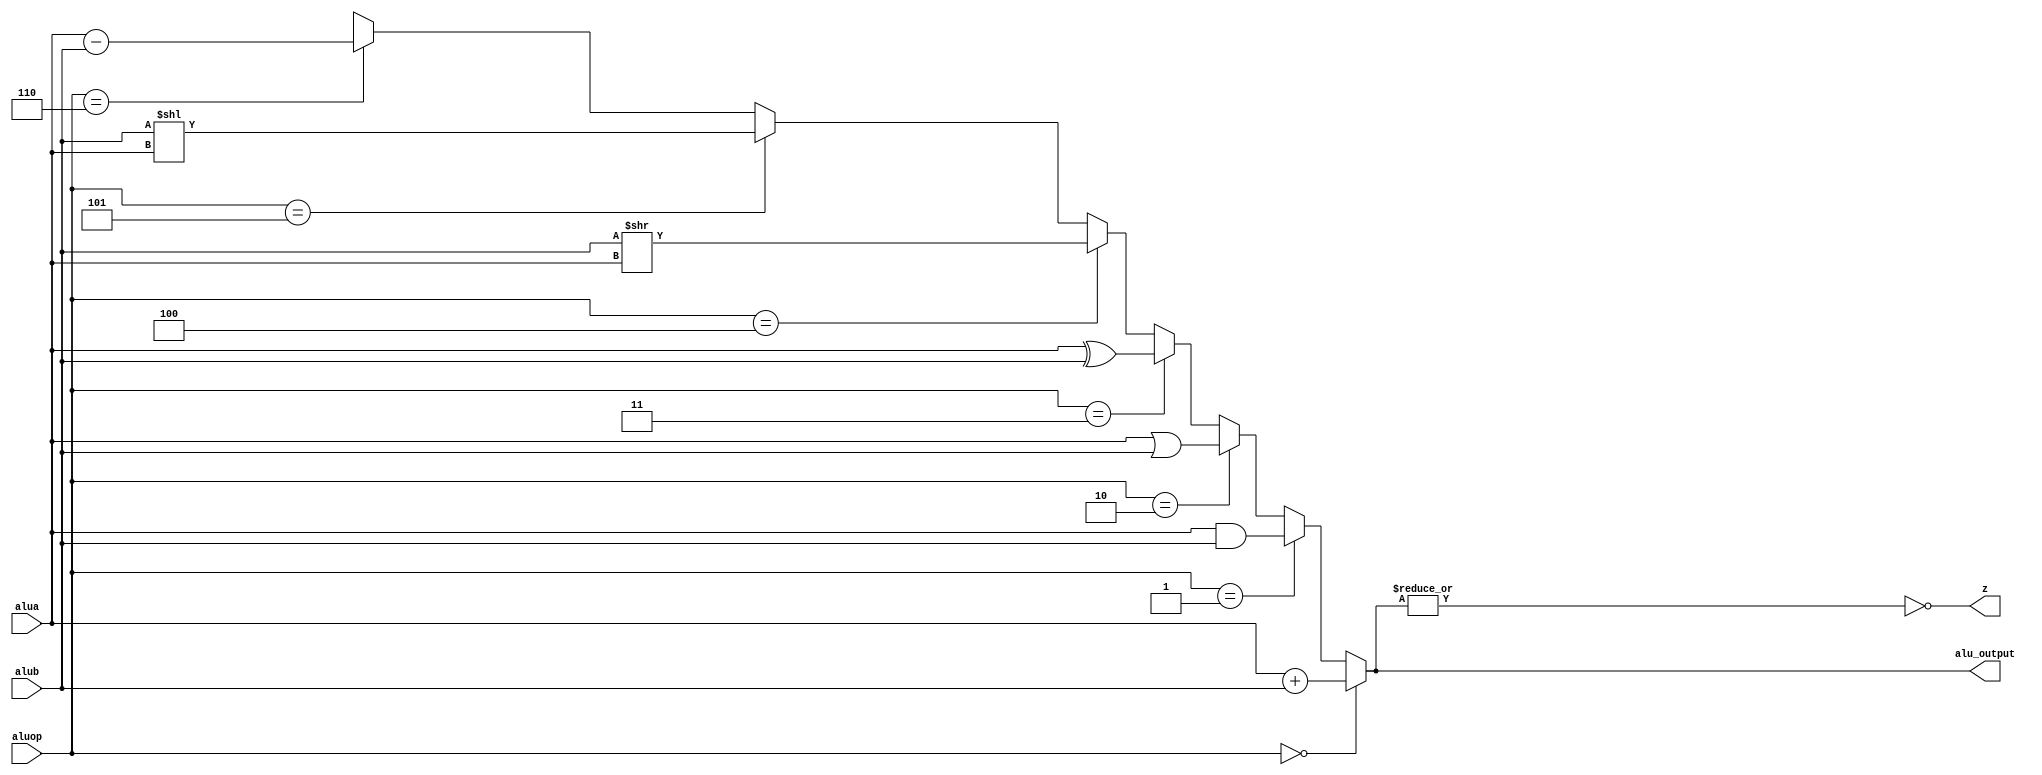
`timescale 1ns / 1ps
//////////////////////////////////////////////////////////////////////////////////
// Company: 
// Engineer: 
// 
// Design Name: 
// Module Name:    alu 
// Project Name: 
// Target Devices: 
// Tool versions: 
// Description: 
//
// Dependencies: 
//
// Revision: 
// Revision 0.01 - File Created
// Additional Comments: 
//
//////////////////////////////////////////////////////////////////////////////////
module alu(alua,alub,aluop,alu_output,z
    );
	 input [31:0] alua,alub;
	 input [2:0] aluop;
	 output [31:0] alu_output;
	 output z;
    assign alu_output = (aluop == 3'b000) ? alua + alub :
	               (aluop == 3'b001) ? alua & alub :
	               (aluop == 3'b010) ? alua | alub :
	               (aluop == 3'b011) ? alua ^ alub :
	               (aluop == 3'b100) ? alub >> alua :
	               (aluop == 3'b101) ? alub << alua :
	               (aluop == 3'b110) ? alua - alub :					
	    				32'hxxxxxxxx;	
	 assign z = ~|alu_output;
	 always@(alua or alub)
	 begin
	  //$display("op: %d, a: %h, b: %h, o: %h",aluop,alua,alub,alu_output);
	 end
endmodule